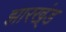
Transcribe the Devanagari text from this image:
झारख्ंड